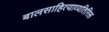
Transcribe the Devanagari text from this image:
बालसाहित्याव्यतिरिक्त